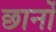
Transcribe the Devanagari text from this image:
छानों